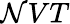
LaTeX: \mathcal{N}VT